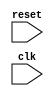
module reset_block(
    input wire reset,
    input wire clk,
    // Add other input/output ports here as needed
    
    // Add internal variables here as needed
);

// Define internal state variables here

// Behavioral modeling block sensitive to positive edge of reset signal
always @(posedge reset) begin
    // Reset internal variables and logic here
end

// Add other logic and operations here as needed

endmodule